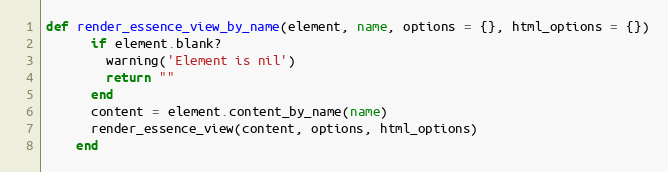
Language: Ruby
def render_essence_view_by_name(element, name, options = {}, html_options = {})
      if element.blank?
        warning('Element is nil')
        return ""
      end
      content = element.content_by_name(name)
      render_essence_view(content, options, html_options)
    end